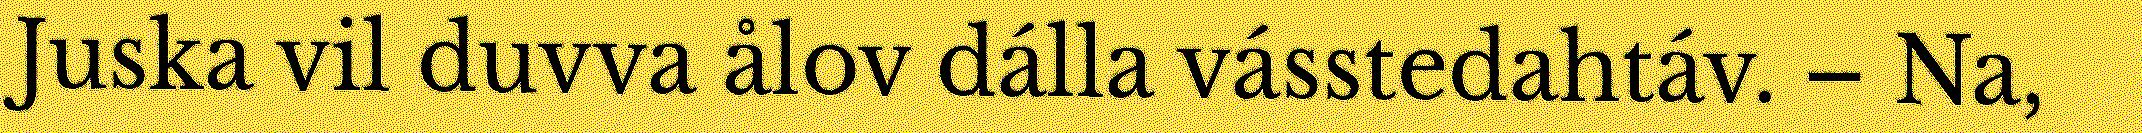
Juska vil duvva ålov dálla vásstedahtáv. – Na,